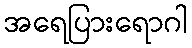
အရေပြားရောဂါ